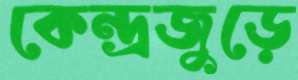
কেন্দ্রজুড়ে